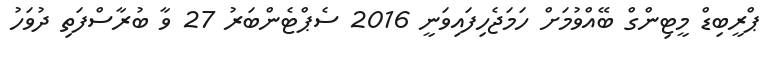
ޕްރީބިޑް މީޓިންގް ބޭއްވުމަށް ހަމަޖެހިފައިވަނީ 2016 ސެޕްޓެންބަރު 27 ވާ ބުރާސްފަތި ދުވަހު